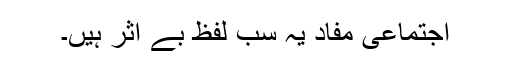
اجتماعی مفاد یہ سب لفظ بے اثر ہیں۔